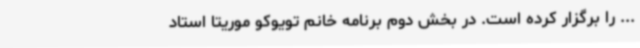
... را برگزار کرده است. در بخش دوم برنامه خانم تویوکو موریتا استاد